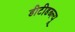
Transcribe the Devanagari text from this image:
डीटीडब्ल्यू